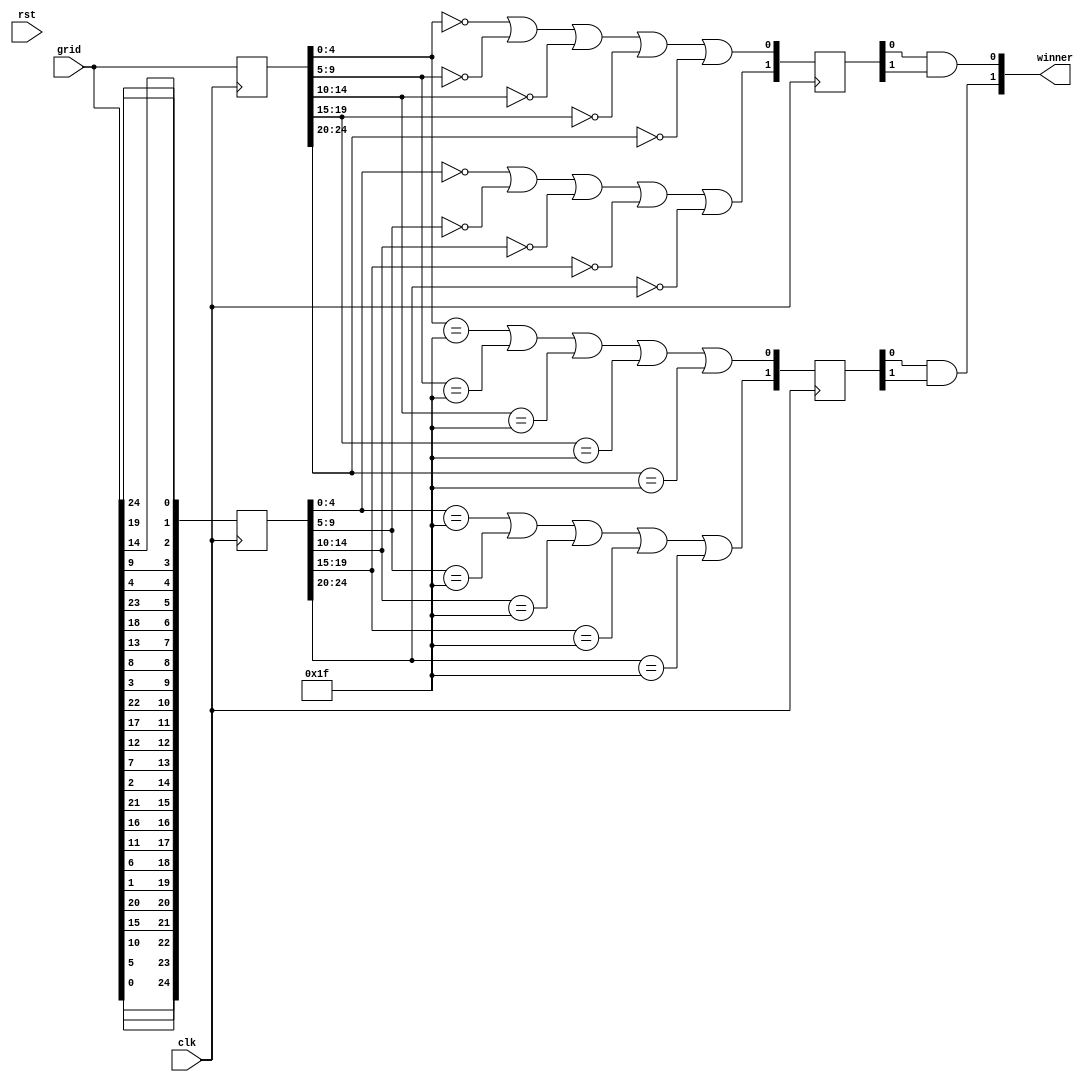
/*
   This file was generated automatically by the Mojo IDE version B1.3.6.
   Do not edit this file directly. Instead edit the original Lucid source.
   This is a temporary file and any changes made to it will be destroyed.
*/

module cross_wincon_54 (
    input clk,
    input rst,
    input [24:0] grid,
    output reg [1:0] winner
  );
  
  
  
  reg [24:0] M_row_d, M_row_q = 1'h0;
  reg [24:0] M_col_d, M_col_q = 1'h0;
  reg [1:0] M_one_d, M_one_q = 1'h0;
  reg [1:0] M_zero_d, M_zero_q = 1'h0;
  
  always @* begin
    M_col_d = M_col_q;
    M_one_d = M_one_q;
    M_zero_d = M_zero_q;
    M_row_d = M_row_q;
    
    winner = 1'h0;
    M_row_d[0+0+4-:5] = grid[0+4-:5];
    M_row_d[5+0+4-:5] = grid[5+4-:5];
    M_row_d[10+0+4-:5] = grid[10+4-:5];
    M_row_d[15+0+4-:5] = grid[15+4-:5];
    M_row_d[20+0+4-:5] = grid[20+4-:5];
    M_col_d[0+0+4-:5] = {grid[4+0-:1], grid[9+0-:1], grid[14+0-:1], grid[19+0-:1], grid[24+0-:1]};
    M_col_d[5+0+4-:5] = {grid[3+0-:1], grid[8+0-:1], grid[13+0-:1], grid[18+0-:1], grid[23+0-:1]};
    M_col_d[10+0+4-:5] = {grid[2+0-:1], grid[7+0-:1], grid[12+0-:1], grid[17+0-:1], grid[22+0-:1]};
    M_col_d[15+0+4-:5] = {grid[1+0-:1], grid[6+0-:1], grid[11+0-:1], grid[16+0-:1], grid[21+0-:1]};
    M_col_d[20+0+4-:5] = {grid[0+0-:1], grid[5+0-:1], grid[10+0-:1], grid[15+0-:1], grid[20+0-:1]};
    M_one_d[0+0-:1] = (M_row_q[0+4-:5] == 5'h1f | M_row_q[5+4-:5] == 5'h1f | M_row_q[10+4-:5] == 5'h1f | M_row_q[15+4-:5] == 5'h1f | M_row_q[20+4-:5] == 5'h1f);
    M_one_d[1+0-:1] = (M_col_q[0+4-:5] == 5'h1f | M_col_q[5+4-:5] == 5'h1f | M_col_q[10+4-:5] == 5'h1f | M_col_q[15+4-:5] == 5'h1f | M_col_q[20+4-:5] == 5'h1f);
    M_zero_d[0+0-:1] = (M_row_q[0+4-:5] == 5'h00 | M_row_q[5+4-:5] == 5'h00 | M_row_q[10+4-:5] == 5'h00 | M_row_q[15+4-:5] == 5'h00 | M_row_q[20+4-:5] == 5'h00);
    M_zero_d[1+0-:1] = (M_col_q[0+4-:5] == 5'h00 | M_col_q[5+4-:5] == 5'h00 | M_col_q[10+4-:5] == 5'h00 | M_col_q[15+4-:5] == 5'h00 | M_col_q[20+4-:5] == 5'h00);
    winner[1+0-:1] = (M_one_q[0+0-:1] & M_one_q[1+0-:1]);
    winner[0+0-:1] = (M_zero_q[0+0-:1] & M_zero_q[1+0-:1]);
  end
  
  always @(posedge clk) begin
    M_row_q <= M_row_d;
    M_col_q <= M_col_d;
    M_one_q <= M_one_d;
    M_zero_q <= M_zero_d;
  end
  
endmodule